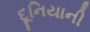
દૂનિયાની